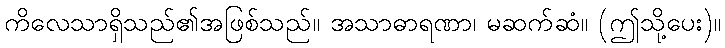
ကိလေသာရှိသည်၏အဖြစ်သည်။ အသာဓာရဏာ၊ မဆက်ဆံ။ (ဤသို့ပေး)။